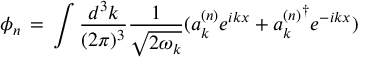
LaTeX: \phi _ { n } \, = \, \int \frac { d ^ { 3 } k } { ( 2 \pi ) ^ { 3 } } \frac { 1 } { \sqrt { 2 \omega _ { k } } } ( a _ { k } ^ { ( n ) } e ^ { i k x } + { a _ { k } ^ { ( n ) } } ^ { \dagger } e ^ { - i k x } )